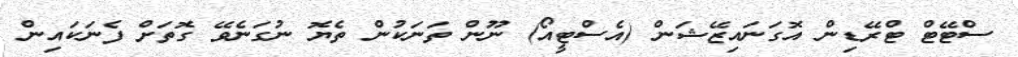
ސްޓޭޓް ޓްރޭޑިން އޮގަނައިޒޭޝަން (އެސްޓީއޯ) ނޫން ތަނަކުން ތެޔޮ ނުގަނެވޭ ގޮތަށް ފެނަކައިން